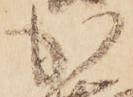
加